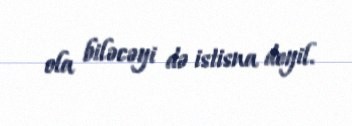
ola biləcəyi də istisna deyil.